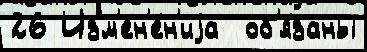
26 Изм'ен'е́н'иjа  об'я́заны